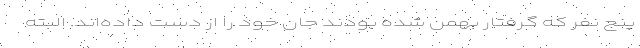
پنج نفر که گرفتار بهمن شده بودند جان خود را از دست داده‌اند. البته